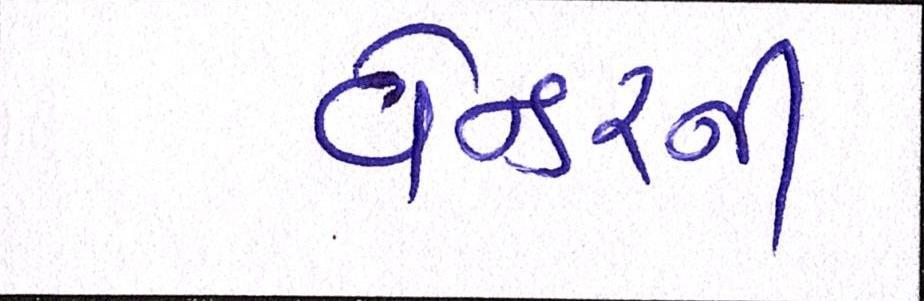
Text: વેન્ડરની